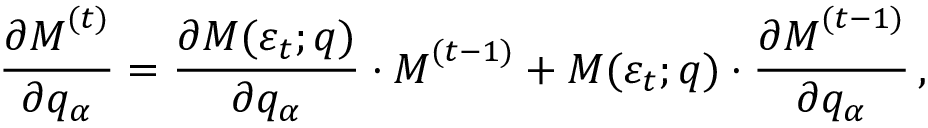
\frac { \partial \boldsymbol { M } ^ { ( t ) } } { \partial q _ { \alpha } } = \frac { \partial \boldsymbol { M } ( \varepsilon _ { t } ; \boldsymbol { q } ) } { \partial q _ { \alpha } } \cdot \boldsymbol { M } ^ { ( t - 1 ) } + \boldsymbol { M } ( \varepsilon _ { t } ; \boldsymbol { q } ) \cdot \frac { \partial \boldsymbol { M } ^ { ( t - 1 ) } } { \partial q _ { \alpha } } \, ,